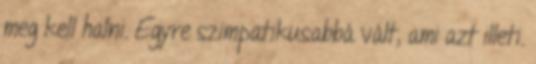
meg kell halni. Egyre szimpatikusabbá vált, ami azt illeti.